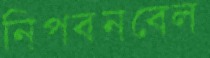
নিপবনবেল